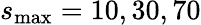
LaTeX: s_{\mathrm{max}}=10,30,70